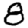
Digit: 8